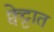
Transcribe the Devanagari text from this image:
क्वेट्टात